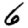
Digit: 6